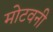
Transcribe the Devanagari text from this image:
मोटवनी